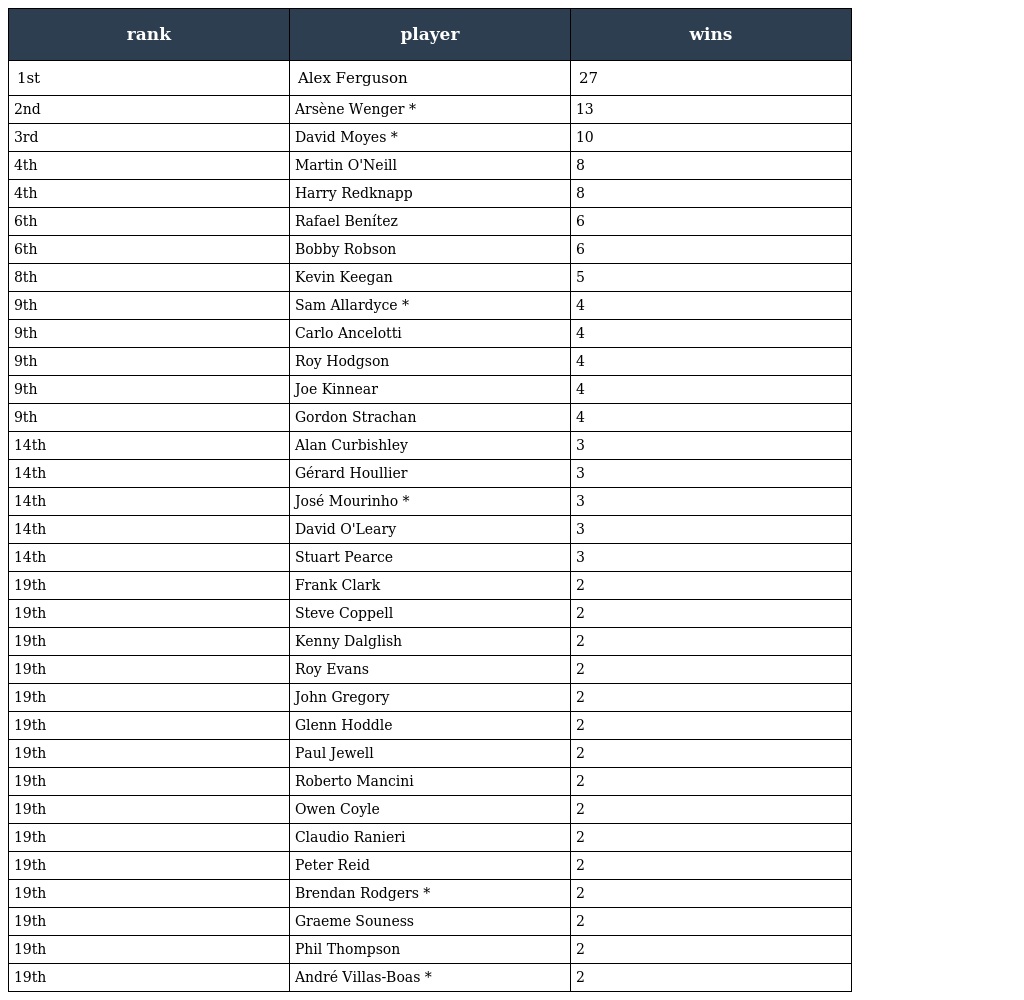
| rank | player | wins |
 | --- | --- | --- |
 | 1st | Alex Ferguson | 27 |
 | 2nd | Arsène Wenger * | 13 |
 | 3rd | David Moyes * | 10 |
 | 4th | Martin O'Neill | 8 |
 | 4th | Harry Redknapp | 8 |
 | 6th | Rafael Benítez | 6 |
 | 6th | Bobby Robson | 6 |
 | 8th | Kevin Keegan | 5 |
 | 9th | Sam Allardyce * | 4 |
 | 9th | Carlo Ancelotti | 4 |
 | 9th | Roy Hodgson | 4 |
 | 9th | Joe Kinnear | 4 |
 | 9th | Gordon Strachan | 4 |
 | 14th | Alan Curbishley | 3 |
 | 14th | Gérard Houllier | 3 |
 | 14th | José Mourinho * | 3 |
 | 14th | David O'Leary | 3 |
 | 14th | Stuart Pearce | 3 |
 | 19th | Frank Clark | 2 |
 | 19th | Steve Coppell | 2 |
 | 19th | Kenny Dalglish | 2 |
 | 19th | Roy Evans | 2 |
 | 19th | John Gregory | 2 |
 | 19th | Glenn Hoddle | 2 |
 | 19th | Paul Jewell | 2 |
 | 19th | Roberto Mancini | 2 |
 | 19th | Owen Coyle | 2 |
 | 19th | Claudio Ranieri | 2 |
 | 19th | Peter Reid | 2 |
 | 19th | Brendan Rodgers * | 2 |
 | 19th | Graeme Souness | 2 |
 | 19th | Phil Thompson | 2 |
 | 19th | André Villas-Boas * | 2 |